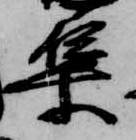
集